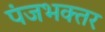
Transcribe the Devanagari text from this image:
पंजभक्तर